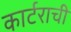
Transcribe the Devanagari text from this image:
कार्टराची